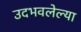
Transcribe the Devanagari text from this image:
उदभवलेल्या